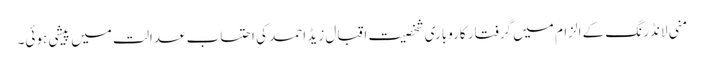
منی لانڈرنگ کے الزام میں گرفتار کاروباری شخصیت اقبال زیڈ احمد کی احتساب عدالت میں پیشی ہوئی۔